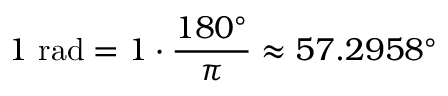
1 { \mathrm { ~ r a d } } = 1 \cdot { \frac { 1 8 0 ^ { \circ } } { \pi } } \approx 5 7 . 2 9 5 8 ^ { \circ }